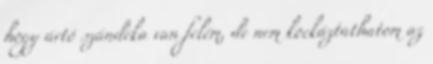
hogy ártó szándéka van felém, de nem kockáztathatom az